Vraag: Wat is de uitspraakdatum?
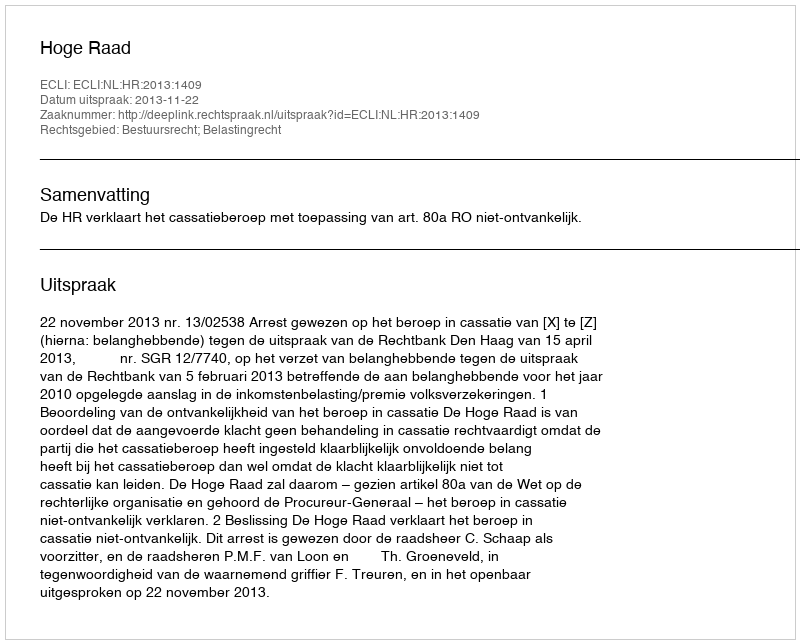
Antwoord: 2013-11-22